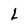
Character: L